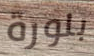
بلورة